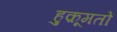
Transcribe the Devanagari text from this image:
हुक़ूमतों